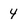
Character: 4